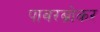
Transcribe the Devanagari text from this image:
पावरब्रोकर